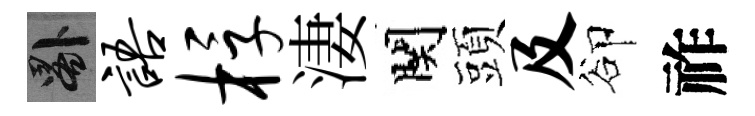
晷语桴淒関頭及卻祚